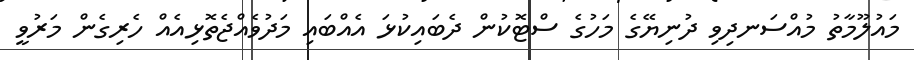
މައުލޫމާތު މުއްސަނދިވި ދުނިޔޭގެ މަހުގެ ސްޓޮކުން ދެބައިކުޅަ އެއްބައި މަދުވެއްޖެތޮޅިއެއް ހެރިގެން މަރުވީ